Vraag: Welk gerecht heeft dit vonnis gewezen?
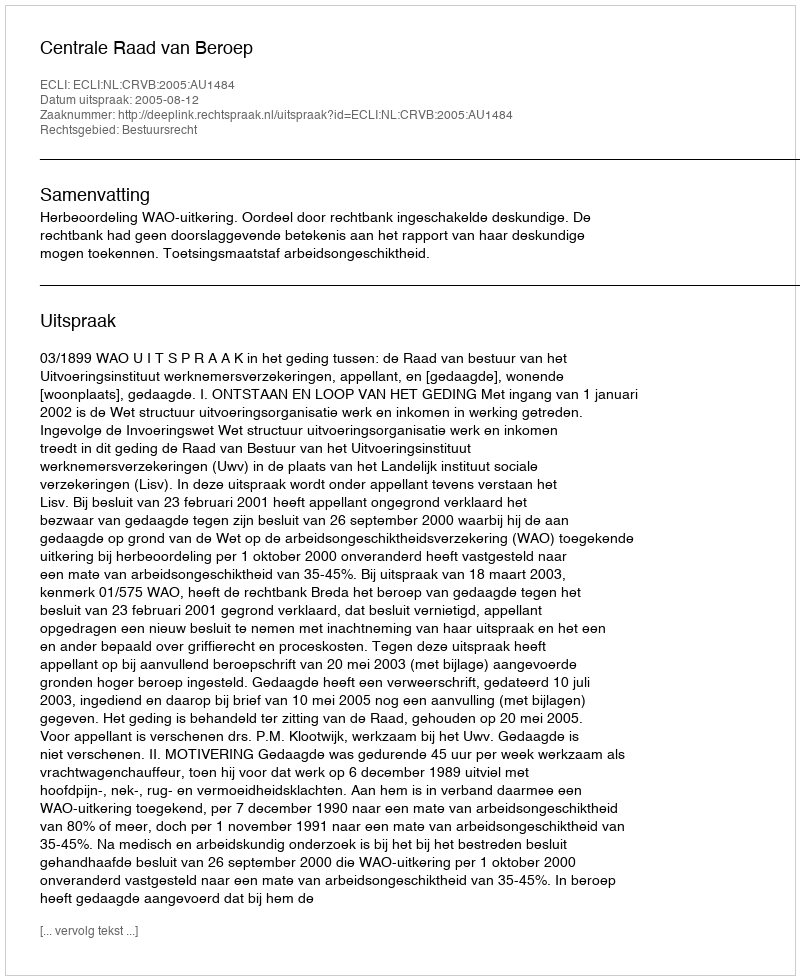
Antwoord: Centrale Raad van Beroep